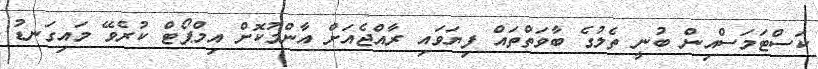
ކަސްޓަމަސްއިން ބުނީ ތެލުގެ ބާވަތްތައް ފިޔަވައި ރާއްޖެއަށް އާންމުކޮށް އިމްޕޯޓް ކުރެވޭ މައިގަނޑު